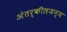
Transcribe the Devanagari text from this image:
अंतर्कीलजन्य